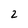
Character: 2